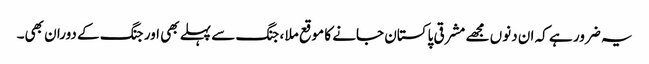
یہ ضرور ہے کہ ان دنوں مجھے مشرقی پاکستان جانے کا موقع ملا ، جنگ سے پہلے بھی اور جنگ کے دوران بھی۔